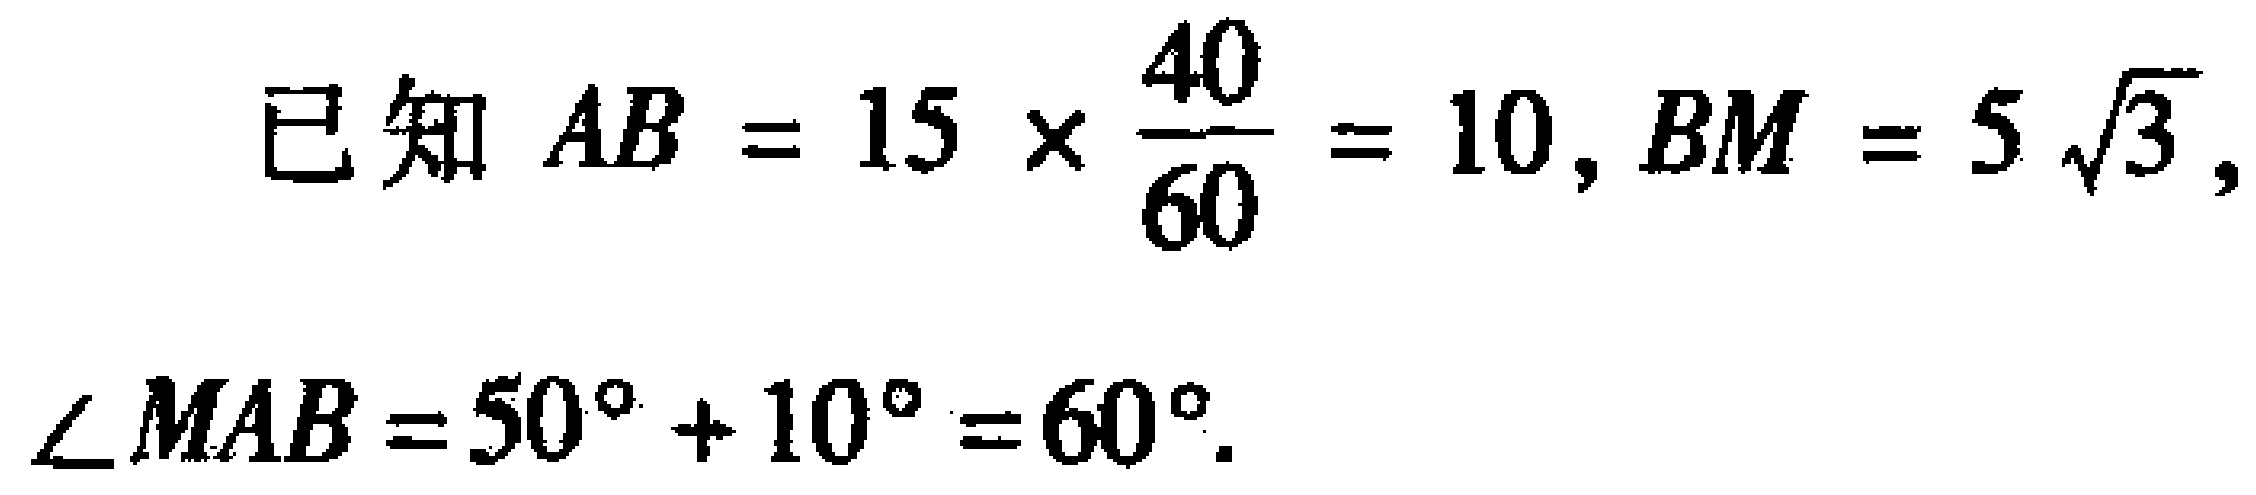
已知 \(AB = 15\times\frac{40}{60}=10\), \(BM = 5\sqrt{3}\), \(\angle MAB = 50^{\circ}+10^{\circ}=60^{\circ}\).